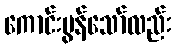
ကောင်းမွန်သော်လည်း